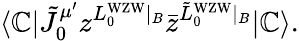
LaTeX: \langle\mathbb{C}|{\tilde{{J}}}_{0}^{\mu^{\prime}}z^{L_{0}^{\mathrm{{WZW}}}\vert_{B}}{\bar{{z}}}^{{\tilde{{L}}}_{0}^{\mathrm{{WZW}}}\vert_{B}}|\mathbb{C}\rangle.